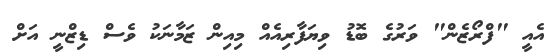
އެއީ "ފްރޯޒެން" ވަރުގެ ބޮޑު ވިޔަފާރިއެއް މިއިން ޒަމާނަކު ވެސް ޑިޒްނީ އަށް